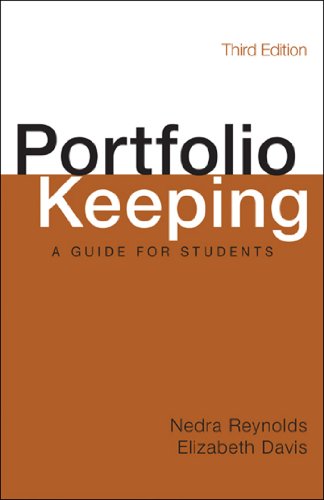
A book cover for Portfolio Keeping: A Guide for Students; Nedra Reynolds; Reference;